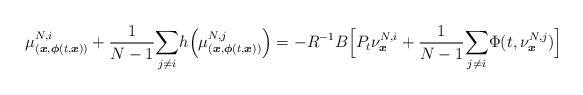
LaTeX: \begin{align*}\mu_{(\boldsymbol{x},\boldsymbol{\phi}(t,\boldsymbol{x}))}^{N,i}+\frac{1}{N-1}\underset{j\neq i}{\sum}h\Big(\mu_{(\boldsymbol{x},\boldsymbol{\phi}(t,\boldsymbol{x}))}^{N,j} \Big)=-R^{-1}B\Big[P_t\nu^{N,i}_{\boldsymbol{x}}+\frac{1}{N-1}\underset{j\neq i}{\sum}\Phi(t,\nu^{N,j}_{\boldsymbol{x}})\Big]\end{align*}